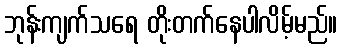
ဘုန်းကျက်သရေ တိုးတက်နေပါလိမ့်မည်။